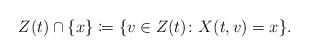
LaTeX: \begin{align*}Z(t)\cap\{x\}\coloneqq \{v\in Z(t)\colon X(t,v)=x\}.\end{align*}